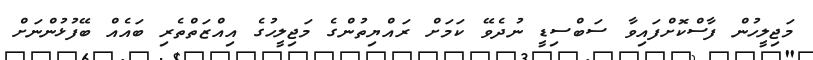
މަޖިލީހުން ފާސްކޮށްފައިވާ ސަބްސިޑީ ނުދެވޭ ކަމަށް ރައްޔިތުންގެ މަޖިލީހުގެ އިއްޒަތްތެރި ބައެއް ބޭފުޅުންނަށް